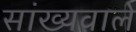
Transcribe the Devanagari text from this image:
सांख्यवाले